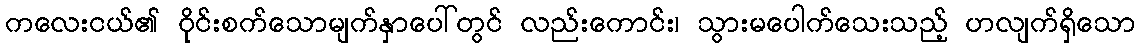
ကလေးငယ်၏ ဝိုင်းစက်သောမျက်နှာပေါ်တွင် လည်းကောင်း၊ သွားမပေါက်သေးသည့် ဟလျက်ရှိသော